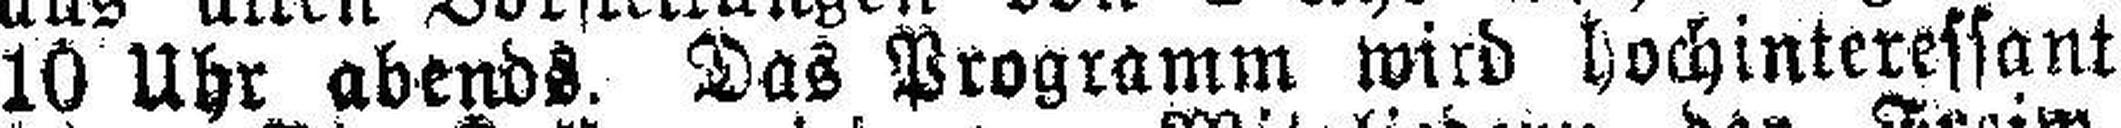
10 Uhr abends. Das Programm wird hochinteressant